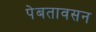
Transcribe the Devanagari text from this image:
पेबतावसन